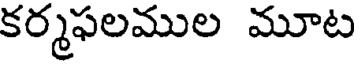
కర్మఫలముల మూట